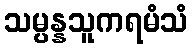
သမ္ပန္နသူကရမံသံ